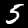
Label: 5